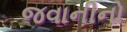
જવાનીનો